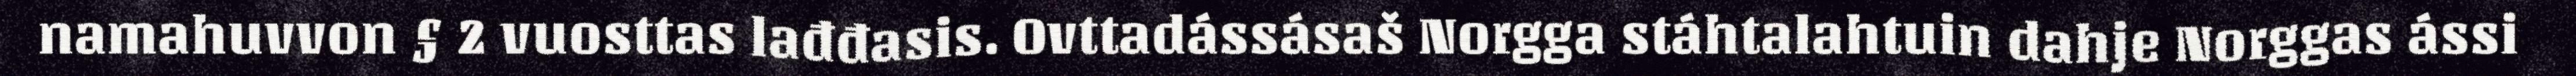
namahuvvon § 2 vuosttas lađđasis. Ovttadássásaš Norgga stáhtalahtuin dahje Norggas ássi